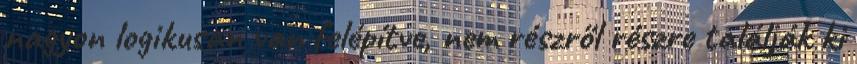
nagyon logikusan van felépítve, nem részről részre találják ki